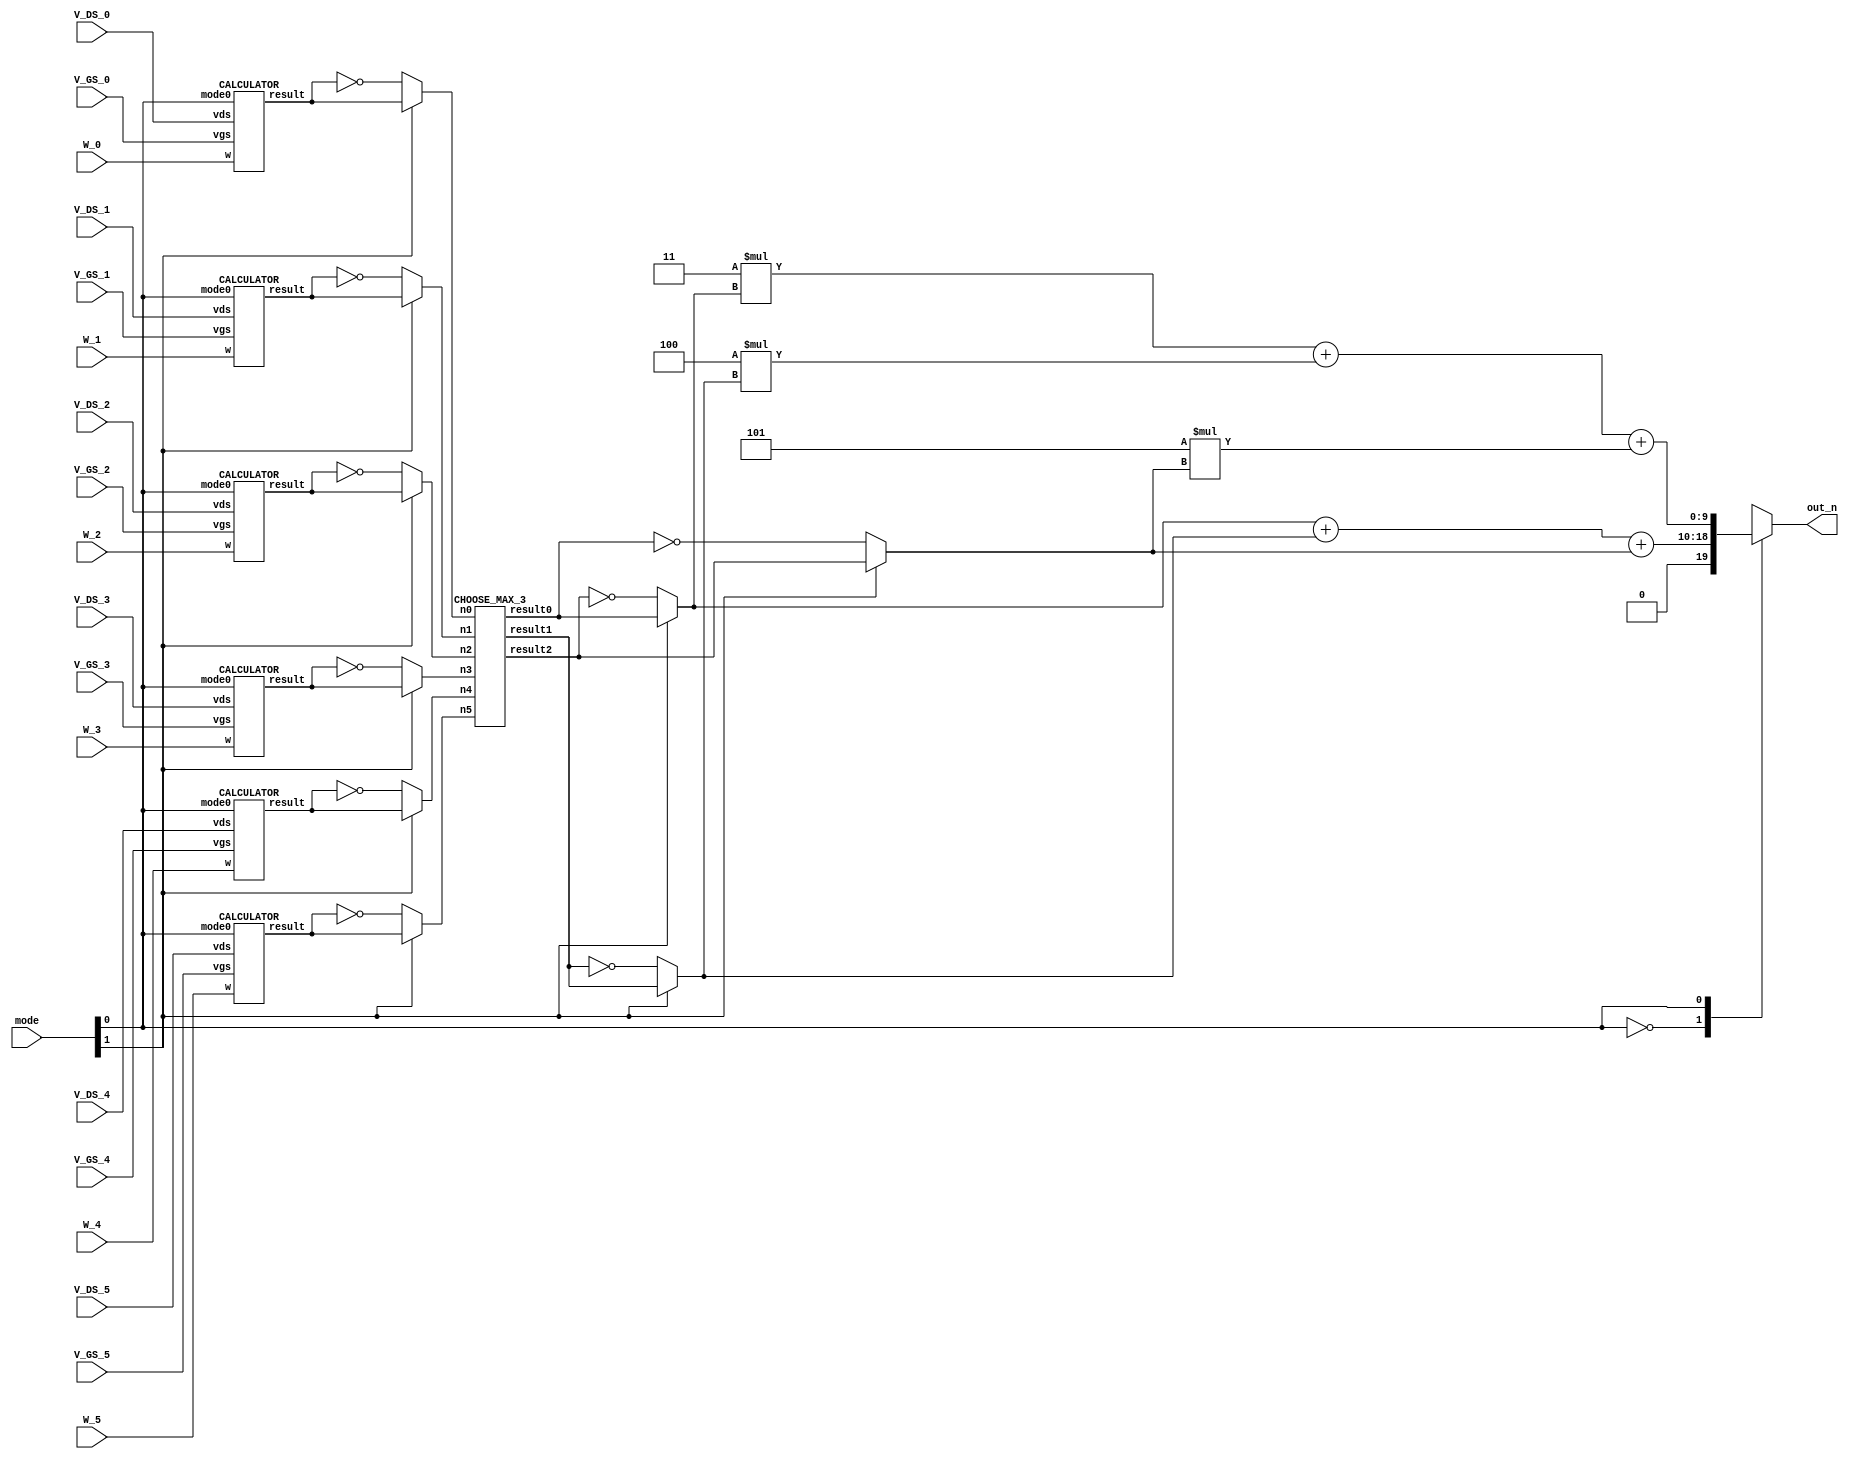
module SMC(
  // Input signals
    mode,
    W_0, V_GS_0, V_DS_0,
    W_1, V_GS_1, V_DS_1,
    W_2, V_GS_2, V_DS_2,
    W_3, V_GS_3, V_DS_3,
    W_4, V_GS_4, V_DS_4,
    W_5, V_GS_5, V_DS_5,
  // Output signals
    out_n
);

//================================================================
//   INPUT AND OUTPUT DECLARATION
//================================================================
input [2:0] W_0, V_GS_0, V_DS_0;
input [2:0] W_1, V_GS_1, V_DS_1;
input [2:0] W_2, V_GS_2, V_DS_2;
input [2:0] W_3, V_GS_3, V_DS_3;
input [2:0] W_4, V_GS_4, V_DS_4;
input [2:0] W_5, V_GS_5, V_DS_5;
input [1:0] mode;
//output [8:0] out_n;         							// use this if using continuous assignment for out_n  // Ex: assign out_n = XXX;
output reg [9:0] out_n; 								// use this if using procedure assignment for out_n   // Ex: always@(*) begin out_n = XXX; end

//================================================================
//    Wire & Registers
//================================================================
// Declare the wire/reg you would use in your circuit
// remember
// wire for port connection and cont. assignment
// reg for proc. assignment
wire	[6:0]	n0, n1, n2, n3, n4, n5;
reg		[6:0]	n0_temp, n1_temp, n2_temp, n3_temp, n4_temp, n5_temp;
wire	[6:0]	result0_temp, result1_temp, result2_temp;
reg		[6:0]	result0, result1, result2;


//================================================================
//    DESIGN
//================================================================
// --------------------------------------------------
// write your design here
// --------------------------------------------------

CALCULATOR c0 (.w(W_0), .vgs(V_GS_0), .vds(V_DS_0), .mode0(mode[0]), .result(n0));
CALCULATOR c1 (.w(W_1), .vgs(V_GS_1), .vds(V_DS_1), .mode0(mode[0]), .result(n1));
CALCULATOR c2 (.w(W_2), .vgs(V_GS_2), .vds(V_DS_2), .mode0(mode[0]), .result(n2));
CALCULATOR c3 (.w(W_3), .vgs(V_GS_3), .vds(V_DS_3), .mode0(mode[0]), .result(n3));
CALCULATOR c4 (.w(W_4), .vgs(V_GS_4), .vds(V_DS_4), .mode0(mode[0]), .result(n4));
CALCULATOR c5 (.w(W_5), .vgs(V_GS_5), .vds(V_DS_5), .mode0(mode[0]), .result(n5));

always @(*)
begin
	if (mode[1] == 0)
	begin
		n0_temp = ~(n0);
		n1_temp = ~(n1);
		n2_temp = ~(n2);
		n3_temp = ~(n3);
		n4_temp = ~(n4);
		n5_temp = ~(n5);
	end
	else
	begin
		n0_temp = n0;
		n1_temp = n1;
		n2_temp = n2;
		n3_temp = n3;
		n4_temp = n4;
		n5_temp = n5;
	end
end

CHOOSE_MAX_3 C1 (n0_temp, n1_temp, n2_temp, n3_temp, n4_temp, n5_temp, result0_temp, result1_temp, result2_temp);

always @(*)
begin
	if (mode[1] == 0)
	begin
		result0 = ~(result2_temp);
		result1 = ~(result1_temp);
		result2 = ~(result0_temp);
	end
	else
	begin
		result0 = result0_temp;
		result1 = result1_temp;
		result2 = result2_temp;
	end
	case (mode[0])
		1'b0:
			out_n = result0 + result1 +result2;
		1'b1:
			out_n = 3 * result0 + 4 * result1 + 5 * result2;
	endcase
end







endmodule








//================================================================
//   SUB MODULE
//================================================================

module CALCULATOR (w, vgs, vds, mode0, result);

input	wire	[2:0]	w, vgs, vds;
input	wire			mode0;
output	wire	[6:0]	result;

reg		[2:0]	vgs_minus_1;
reg		[5:0]	w_mul_vgs_minus_1;
reg		[5:0]	w_mul_vds;
reg		[1:0]	operation_mode;
reg		[8:0]	result_reg;
reg		[6:0]	result_temp;

always @(*)
begin
	vgs_minus_1 = vgs - 1;
	w_mul_vgs_minus_1 = w * vgs_minus_1;
	w_mul_vds = w * vds;
	operation_mode = {(vgs_minus_1 > vds), mode0};

	case (operation_mode)
		2'b11:
			result_reg = (w_mul_vds * (2 * vgs_minus_1 - vds));
		2'b10:
			result_reg = ((w_mul_vds * 2));
		2'b01:
			result_reg = (w_mul_vgs_minus_1 * vgs_minus_1);
		default:
			result_reg = ((w_mul_vgs_minus_1 * 2));
	endcase
	result_temp = result_reg / 3;
end

assign result = result_temp;

endmodule

//module CHOOSE_MAX_3 (n0, n1, n2, n3, n4, n5, result0, result1, result2);

//input	[6:0]	n0, n1, n2, n3, n4, n5;
//output	[6:0]	result0, result1, result2;

//wire	[6:0]	n0_1, n0_2, n0_3, n0_4, n0_5, n0_6;
//wire	[6:0]	n1_1, n1_2, n1_3, n1_4, n1_5, n1_6;
//wire	[6:0]	n2_1, n2_2, n2_3, n2_4, n2_5, n2_6;
//wire	[6:0]	n3_1, n3_2, n3_3, n3_4, n3_5, n3_6;
//wire	[6:0]	n4_1, n4_2, n4_3, n4_4, n4_5, n4_6;
//wire	[6:0]	n5_1, n5_2, n5_3, n5_4, n5_5, n5_6;

//COMPARATOR c1 (n0, n1, n0_1, n1_1);
//COMPARATOR c2 (n2, n3, n2_1, n3_1);
//COMPARATOR c3 (n4, n5, n4_1, n5_1);
//assign n0_2 = n0_1;
//assign n5_2 = n5_1;
//COMPARATOR c4 (n1_1, n2_1, n1_2, n2_2);
//COMPARATOR c5 (n3_1, n4_1, n3_2, n4_2);
//COMPARATOR c6 (n0_2, n1_2, n0_3, n1_3);
//COMPARATOR c7 (n2_2, n3_2, n2_3, n3_3);
//COMPARATOR c8 (n4_2, n5_2, n4_3, n5_3);
//assign n0_4 = n0_3;
//assign n5_4 = n5_3;
//COMPARATOR c9 (n1_3, n2_3, n1_4, n2_4);
//COMPARATOR c10 (n3_3, n4_3, n3_4, n4_4);
//COMPARATOR c11 (n0_4, n1_4, n0_5, n1_5);
//COMPARATOR c12 (n2_4, n3_4, n2_5, n3_5);
//COMPARATOR c13 (n4_4, n5_4, n4_5, n5_5);
//assign n0_6 = n0_5;
//assign n5_6 = n5_5;
//COMPARATOR c14 (n1_5, n2_5, n1_6, n2_6);
//COMPARATOR c15 (n3_5, n4_5, n3_6, n4_6);

//assign result0 = n0_6;
//assign result1 = n1_6;
//assign result2 = n2_6;

//endmodule

//module COMPARATOR (n0, n1, result0, result1);

//input		[6:0]	n0, n1;
//output	reg	[6:0]	result0, result1;

//always @(*)
//begin
	//if (n0 > n1)
	//begin
		//result0 = n0;
		//result1 = n1;
	//end
	//else
	//begin
		//result0 = n1;
		//result1 = n0;
	//end
//end

//endmodule

module CHOOSE_MAX_3 (n0, n1, n2, n3, n4, n5, result0, result1, result2);

input	[6:0]	n0, n1, n2, n3, n4, n5;
output	[6:0]	result0, result1, result2;

reg		[6:0]	temp_max1, temp_max2;
reg		[6:0]	temp_max1_1, temp_max2_1, temp_max3_1;
wire	[6:0]	wtemp_max1, wtemp_max2, wtemp_max3;
wire	[6:0]	temp_max1_2, temp_max2_2, temp_max3_2;
wire	[6:0]	temp_max1_3, temp_max2_3, temp_max3_3;
wire	[6:0]	temp_max1_4, temp_max2_4, temp_max3_4;

always @(*)
begin
	if (n0 > n1)
	begin
		temp_max1 = n0;
		temp_max2 = n1;
	end
	else
	begin
		temp_max1 = n1;
		temp_max2 = n0;
	end


	if (n2 > temp_max2)
	begin
		if (n2 > temp_max1)
		begin
			temp_max3_1 = temp_max2;
			temp_max2_1 = temp_max1;
			temp_max1_1 = n2;
		end
		else
		begin
			temp_max3_1 = temp_max2;
			temp_max2_1 = n2;
			temp_max1_1 = temp_max1;
		end
	end
	else
	begin
		temp_max3_1 = n2;
		temp_max2_1 = temp_max2;
		temp_max1_1 = temp_max1;
	end
end

INSERT_GROUP I1 (.n(n3), .temp_max1(temp_max1_1), .temp_max2(temp_max2_1), .temp_max3(temp_max3_1), .result1(temp_max1_2), .result2(temp_max2_2), .result3(temp_max3_2));
INSERT_GROUP I2 (.n(n4), .temp_max1(temp_max1_2), .temp_max2(temp_max2_2), .temp_max3(temp_max3_2), .result1(temp_max1_3), .result2(temp_max2_3), .result3(temp_max3_3));
INSERT_GROUP I3 (.n(n5), .temp_max1(temp_max1_3), .temp_max2(temp_max2_3), .temp_max3(temp_max3_3), .result1(result0), .result2(result1), .result3(result2));

endmodule

module INSERT_GROUP (n, temp_max1, temp_max2, temp_max3, result1, result2, result3);

input		[6:0]	n, temp_max1, temp_max2, temp_max3;
output	reg	[6:0]	result1, result2, result3;
//reg			[2:0]	big_mode;

always @(*)
begin
	result1 = temp_max1;
	result2 = temp_max2;
	result3 = temp_max3;
	//big_mode = {(n > temp_max3), (n > temp_max2), (n > temp_max1)};

	//case (big_mode)
		//3'b111:
		//begin
			//result3 = temp_max2;
			//result2 = temp_max1;
			//result1 = n;
		//end
		//3'b110:
		//begin
			//result3 = temp_max2;
			//result2 = n;
		//end
		//3'b100:
			//result3 = n;
		//3'b101:
			//result3 = n;
	//endcase

	if (n > temp_max3)
	begin
		if (n > temp_max2)
		begin
			if (n > temp_max1)
			begin
				result3 = temp_max2;
				result2 = temp_max1;
				result1 = n;
			end
			else
			begin
				result3 = temp_max2;
				result2 = n;
			end
		end
		else
			result3 = n;
	end
end

endmodule

// module BBQ (meat,vagetable,water,cost);
// input XXX;
// output XXX;
//
// endmodule

// --------------------------------------------------
// Example for using submodule
// BBQ bbq0(.meat(meat_0), .vagetable(vagetable_0), .water(water_0),.cost(cost[0]));
// --------------------------------------------------
// Example for continuous assignment
// assign out_n = XXX;
// --------------------------------------------------
// Example for procedure assignment
// always@(*) begin
// 	out_n = XXX;
// end
// --------------------------------------------------
// Example for case statement
// always @(*) begin
// 	case(op)
// 		2'b00: output_reg = a + b;
// 		2'b10: output_reg = a - b;
// 		2'b01: output_reg = a * b;
// 		2'b11: output_reg = a / b;
// 		default: output_reg = 0;
// 	endcase
// end
// --------------------------------------------------